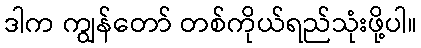
ဒါက ကျွန်တော် တစ်ကိုယ်ရည်သုံးဖို့ပါ။